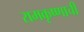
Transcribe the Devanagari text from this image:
रामकृष्णाची